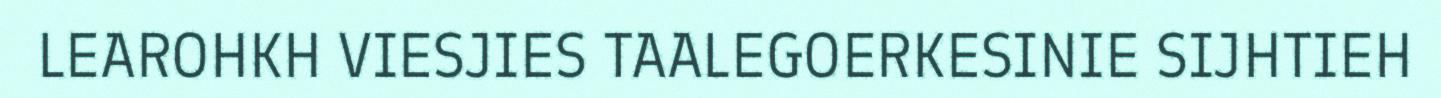
LEAROHKH VIESJIES TAALEGOERKESINIE SIJHTIEH